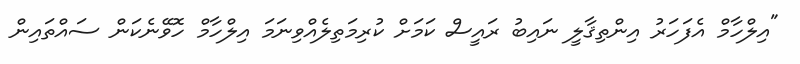
"އިލްހާމް އެފަހަރު އިންތިޤާލީ ނައިބު ރައީސް ކަމަށް ކުރިމަތިލެއްވިނަމަ އިލްހާމް ހޮވޭނެކަން ސައްތައިން